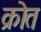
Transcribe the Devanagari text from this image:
क्रोत